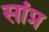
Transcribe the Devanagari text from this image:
सांप्र